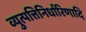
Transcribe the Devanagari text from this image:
व्युत्पत्तिनिर्धारिणादि